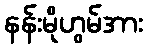
နန်းမိုဟွမ်အား